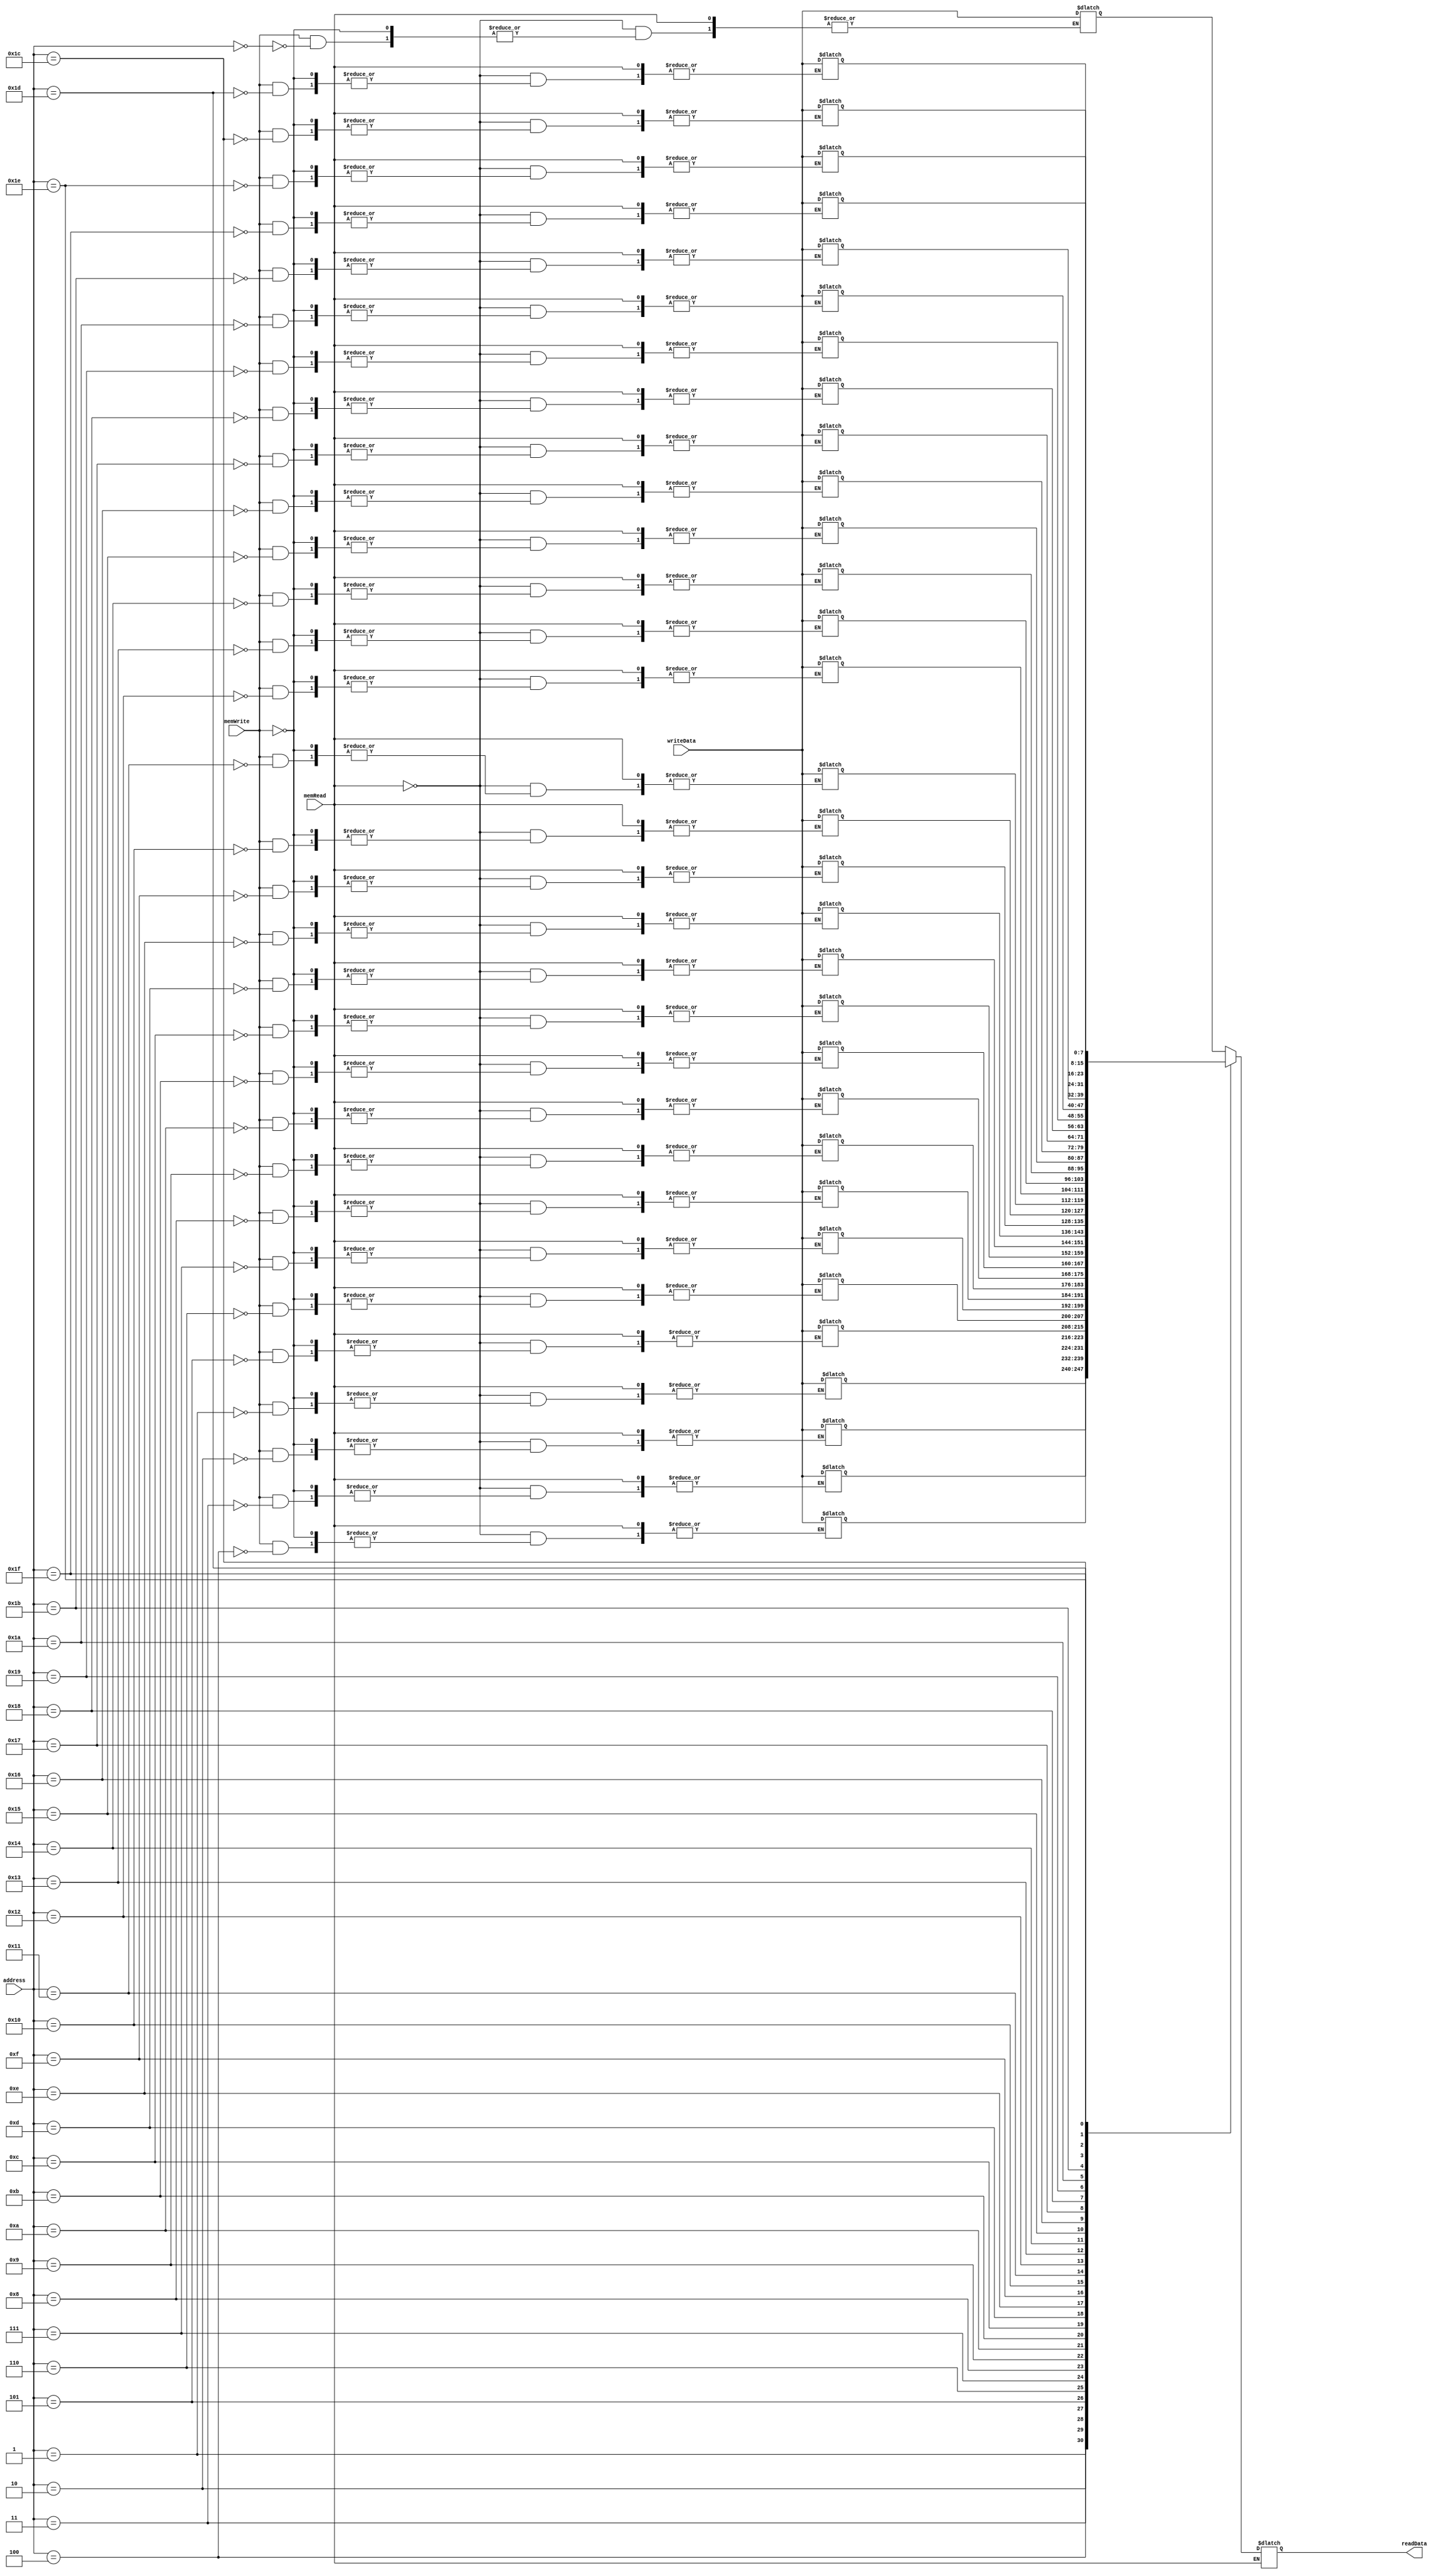
`timescale 1ns/1ns
module DataMem (address, writeData, memWrite, memRead, readData );
  input [4:0] address;
  input  signed [7:0] writeData;
  input memRead,  memWrite;
  output reg signed [7:0] readData;
  reg [7:0] dMemory [0:31];
  initial begin
    dMemory[0] = 8'b10011001;      
    dMemory[1] = 8'b10011010;      
    dMemory[2] = 8'b10011011;      
    dMemory[3] = 8'b10011100;      
    dMemory[4] = 8'b10011101;
    
    dMemory[5] = 8'b00000000;      
    dMemory[6] = 8'b00000000;      
    dMemory[7] = 8'b00000000;      
    dMemory[8] = 8'b00000000;      
    dMemory[9] = 8'b00000000;
    
    
    dMemory[25] = 8'b00000001;      
    dMemory[26] = 8'b00000010;      
    dMemory[27] = 8'b00000011;      
    dMemory[28] = 8'b00000100;      
    dMemory[29] = 8'b00000101;
          
  end
  always@(memRead, memWrite) begin
    if (memRead)
      readData <= dMemory[address];
    else if(memWrite) 
      dMemory[address] <= writeData;
  end
endmodule